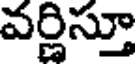
వర్ణిస్తూ